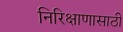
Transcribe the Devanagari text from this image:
निरिक्षाणासाठी